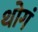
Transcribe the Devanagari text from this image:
थोगं